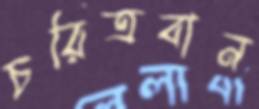
চরিত্রবান